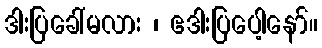
ဒါးပြခေါ်မလား ၊ ဧဒါးပြပေါ့နော်။